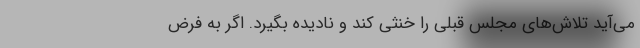
می‌آید تلاش‌های مجلس قبلی را خنثی کند و نادیده بگیرد. اگر به فرض